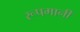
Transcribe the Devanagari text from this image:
रूपमानी